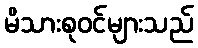
မိသားစုဝင်များသည်